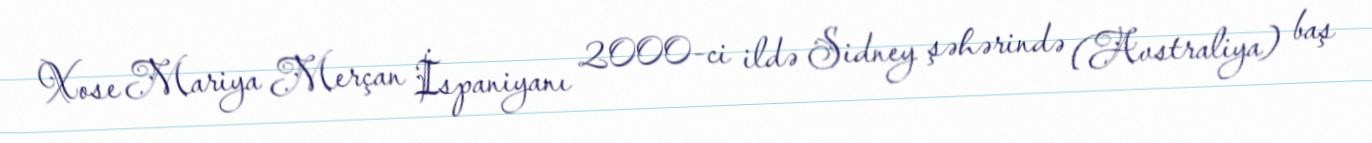
Xose Mariya Merçan İspaniyanı 2000-ci ildə Sidney şəhərində (Avstraliya) baş